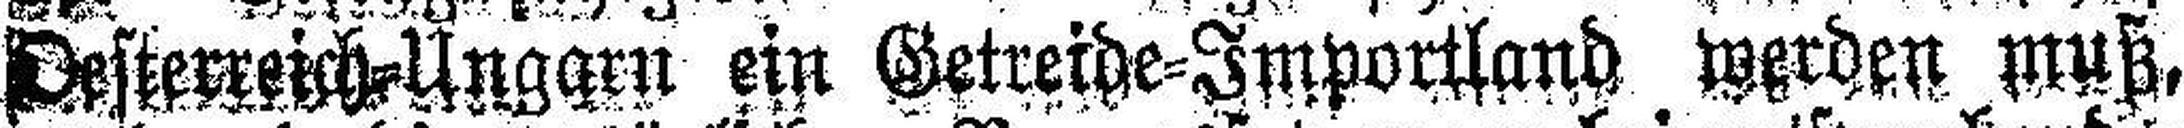
Oesterreich=Ungarn ein Getreide=Importland werden muß,